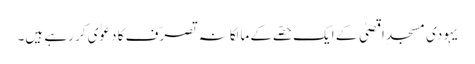
یہودی مسجدِ اقصیٰ کے ایک حصّے کے مالکانہ تصرّف کا دعوٰی کر رہے ہیں۔